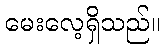
မေးလေ့ရှိသည်။